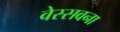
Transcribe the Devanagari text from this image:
वेस्सवना